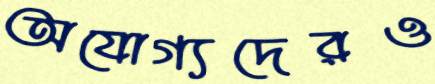
অযোগ্যদেরও